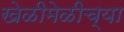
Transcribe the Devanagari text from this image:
खेळीमेळीच्या